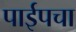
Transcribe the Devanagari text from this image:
पाईपचा